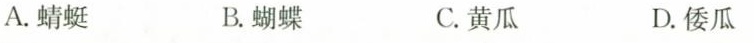
A.蜻蜓 B.蝴蝶 C.黄瓜 D.倭瓜